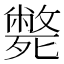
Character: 斃